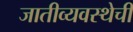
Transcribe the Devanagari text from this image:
जातीव्यवस्थेची